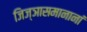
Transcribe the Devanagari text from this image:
जिज्ञासमानानां